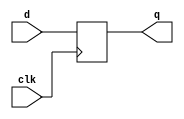
module DFF (d, clk, q);
  parameter WIDTH = 1;
  input clk;
  input [WIDTH-1:0] d;
  output [WIDTH-1:0] q;
  reg [WIDTH-1:0] q;

  always@ (posedge clk)
    q <= d;
endmodule